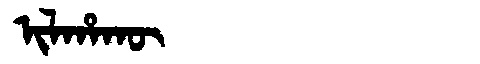
Manchu: ᡳᠯᡥᠠᡴᡡ
Romanization: ILHAKŪ